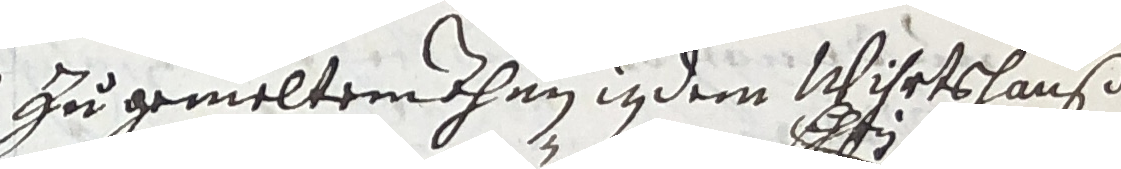
Zu gemeltemahnn in dem wsihrtshauß